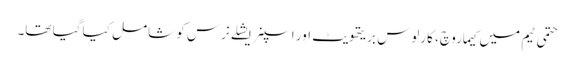
حتمی ٹیم میں کیماروچ، کارلوس بریتھویٹ اور اسپنر ایشلے نرس کو شامل کیا گیا تھا۔